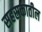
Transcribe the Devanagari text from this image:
सहस्रकातील